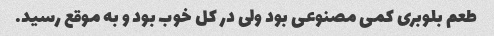
طعم بلوبری کمی مصنوعی بود ولی در کل خوب بود و به موقع رسید.